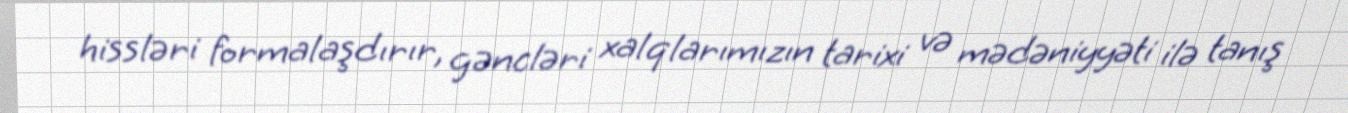
hissləri formalaşdırır, gəncləri xalqlarımızın tarixi və mədəniyyəti ilə tanış